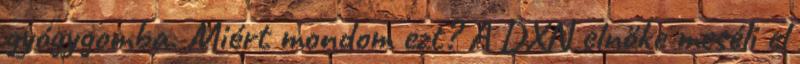
gyógygomba. Miért mondom ezt? A DXN elnöke meséli el